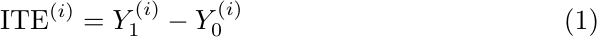
\begin{equation}
    \text{ITE}^{(i)} = Y_1^{(i)} - Y_0^{(i)}
    \label{eq:ite}
\end{equation}